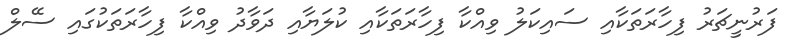
ފަރުނީޗަރު ފިހާރަތަކާއި ސައިކަލު ވިއްކާ ފިހާރަތަކާއި ކުލަޔާއި ދަވާދު ވިއްކާ ފިހާރަތަކުގައި ސޭލް